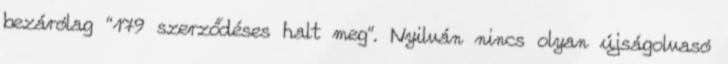
bezárólag “179 szerződéses halt meg”. Nyilván nincs olyan újságolvasó